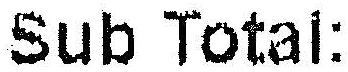
SUB TOTAL: